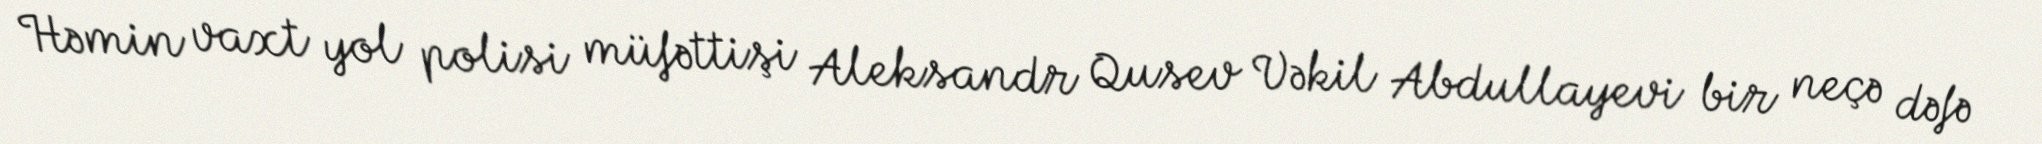
Həmin vaxt yol polisi müfəttişi Aleksandr Qusev Vəkil Abdullayevi bir neçə dəfə